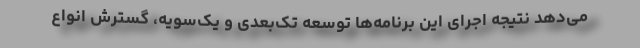
می‌دهد نتیجه اجرای این برنامه‌ها توسعه تک‌بُعدی و یک‌سویه، گسترش انواع